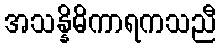
အသန္နိဓိကာရကသညီ